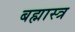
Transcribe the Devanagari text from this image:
बह्मास्त्र